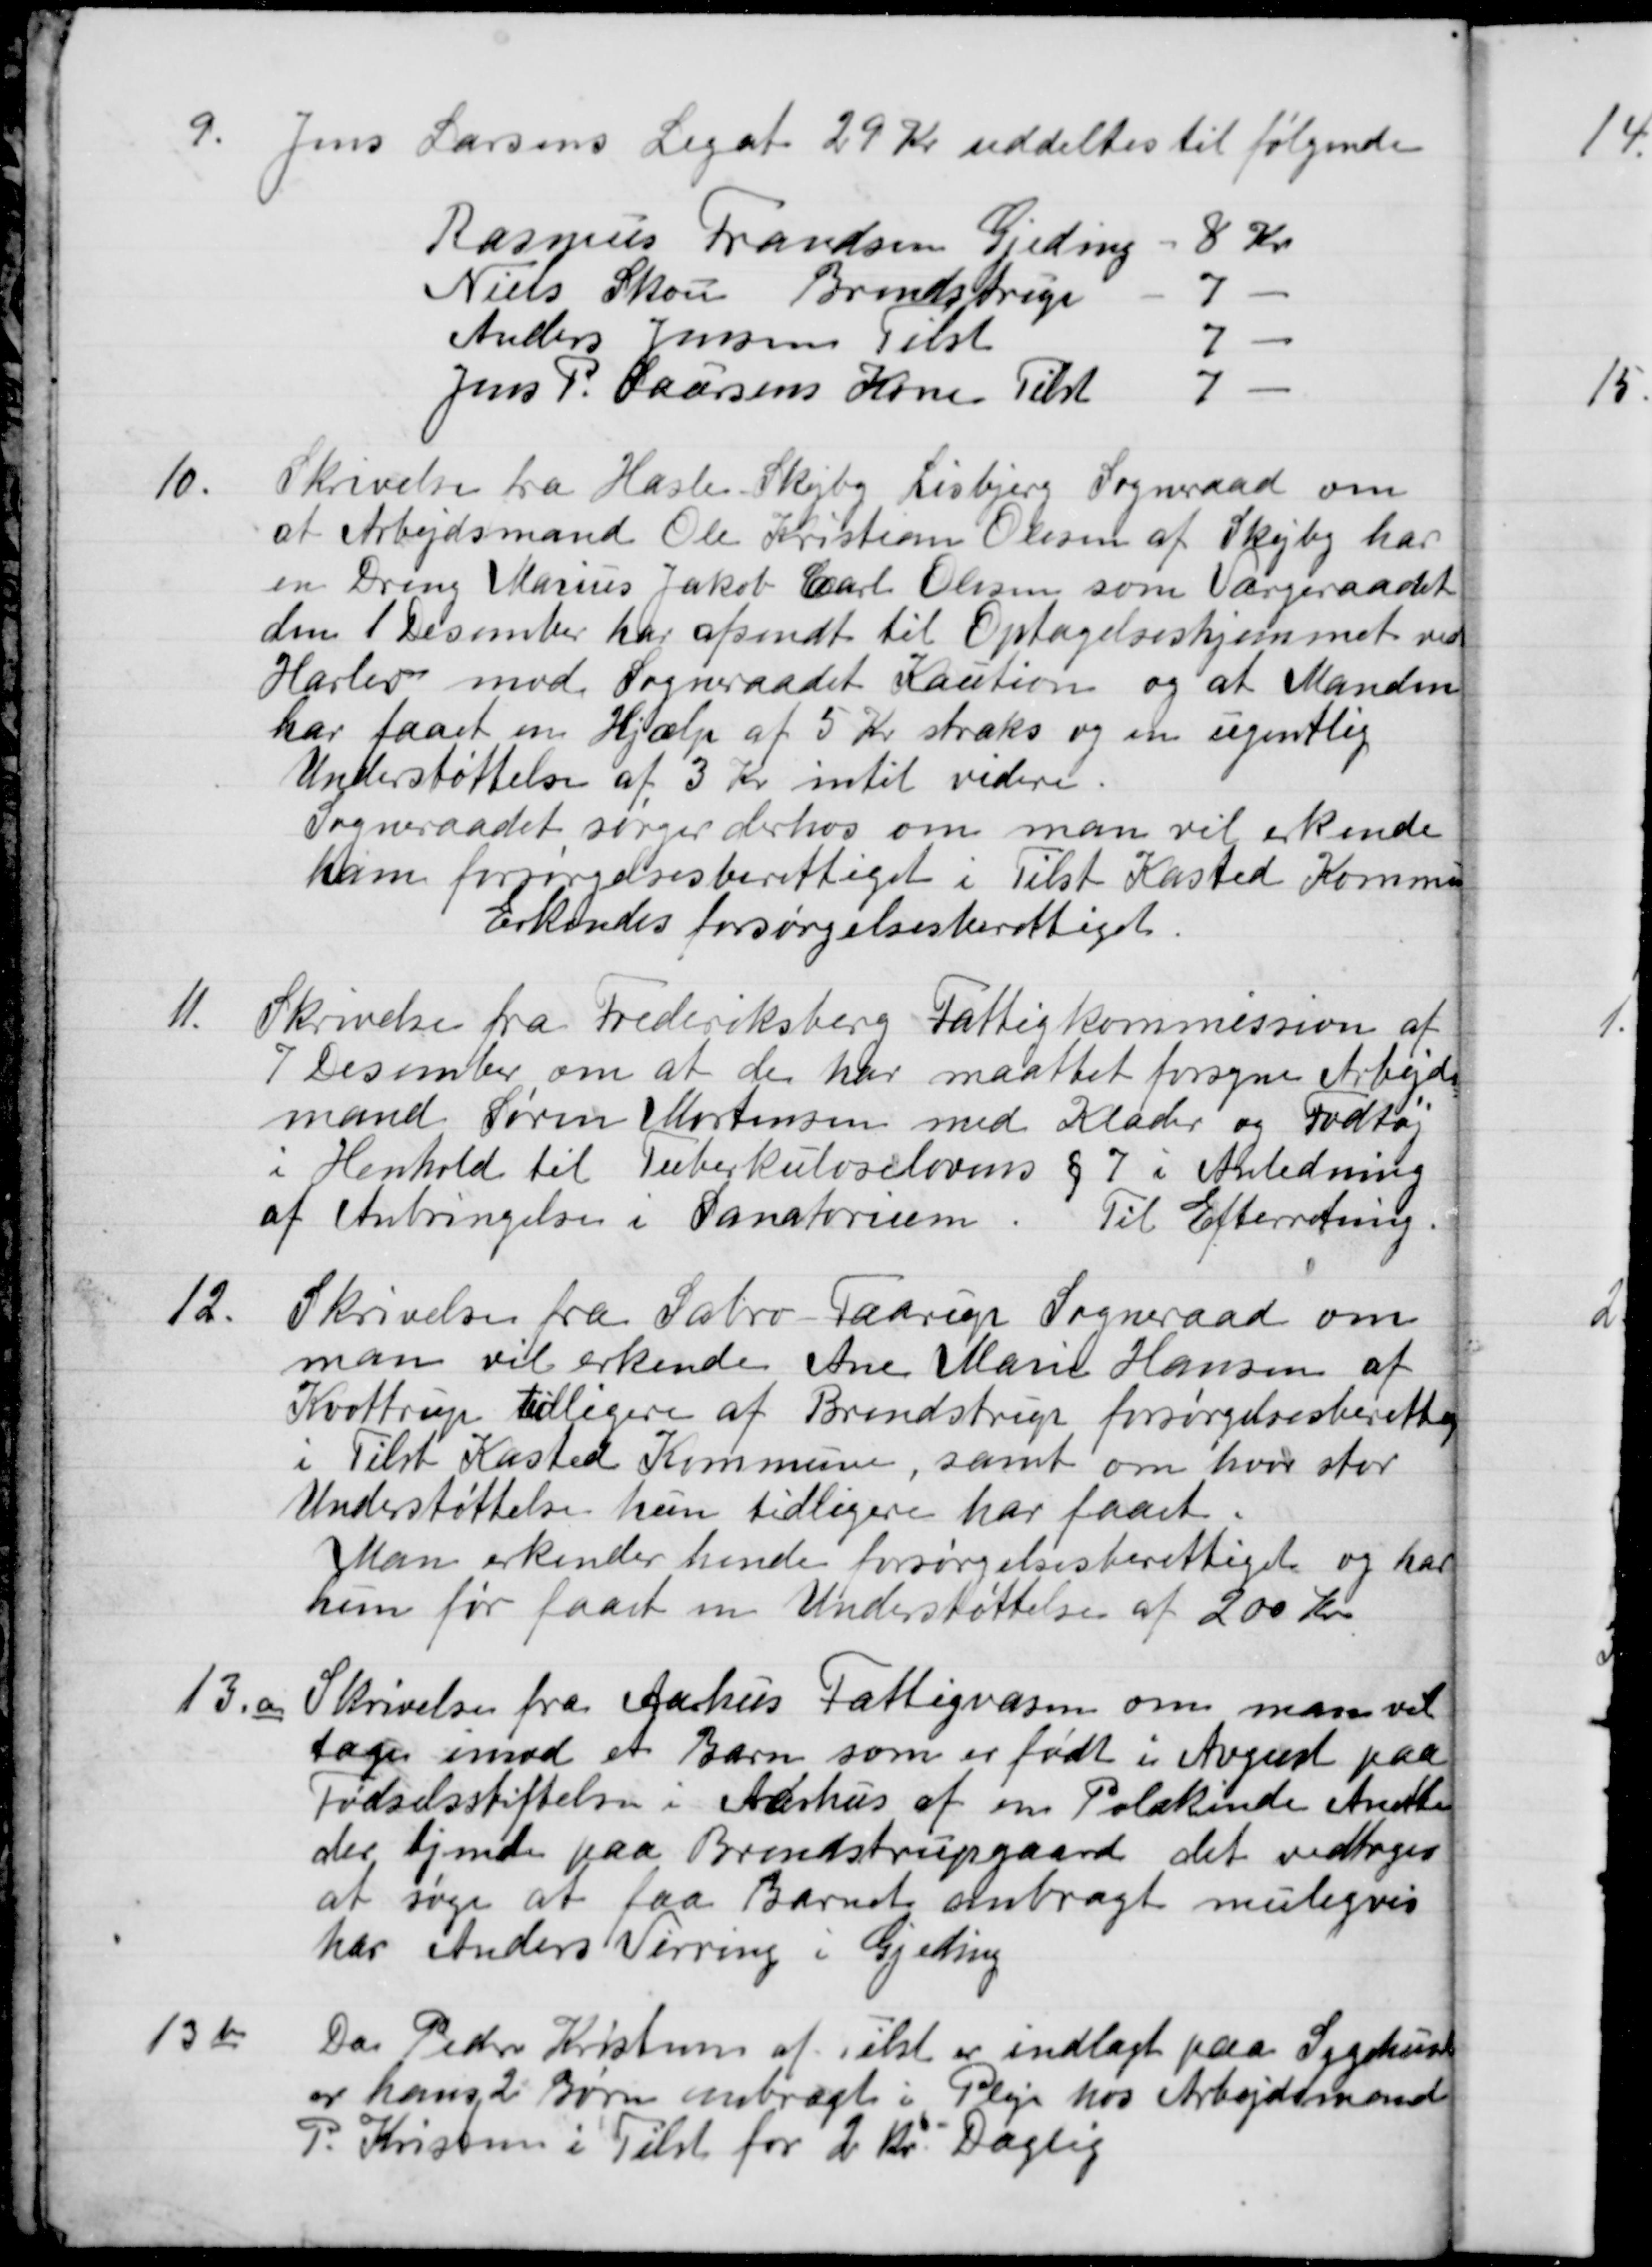
Transskription:
9.
Jens Larsens Legat 29 Kr uddeltes til følgende
Rasmus Frandsen Gjeding
8 kr
Niels Skou, Brendstrup
7
Anders Jensen Tilst
7
Jens P. Larsens Kone Tilst
7
10.
Skrivelse fra Hasle Skejby Lisbjerg Sogneraad om
at Arbejdsmand Ole Kristian Olesen af Skejby har
en Dreng Marius Jakob Carl Olsen som Værgeraadet
den 1 December har afsendt til Optagelseshjemmet ved
Harlev mod Sogneraadet Kaution og at Manden
har faaet en Hjælp af 5 Kr straks og en ugentlig
Understøttelse af 3 Kr. intil videre.
Sogneraadet sørger derhos om man vil erkende
ham forsørgelsesberettiget i Tilst Kasted Kommune
Erkendes forsørgelsesberettiget.
11.
Skrivelse fra Frederiksberg Fattigkommission af
7 Desember om at den har maattet forsyne Arbejds-
mand Søren Mortensen med Klæder og Fodtøj
i Henhold til Tuberkuloselovens § 7 i Anledning
af Anbringelse i Sanatorium. Til Efterretning.
12.
Skrivelse fra Sabro-Faarup Sogneraad om
man vil erkende Ane Marie Hansen af
Kvottrup tilligere af Brendstrup forsørgelsesberettiget
i Tilst Kasted Kommune, samt om hvor stor
Understøttelse han tidligere har faaet.
Man erkender hende forsørgelsesberettiget og har
hun før faaet en Understøttelse af 200 Kr
13.a
Skrivelse fra Aarhus Fattigvæsen om man vil
tages imod et Barn som er født i August paa
Fødselsstiftelsen i Aarhus af om Polakinde Anerta
der tjende paa Brendstrupgaard det vedtoges
at søge at faa Barnet anbragt muligvis
har Anders Virring i Gjeling
13 b
Da Peder Kristensen af Tilst er indlagt paa Sygehuset
er hans 2 Børn anbragt i Pleje hos Arbejdsmand
P. Kristensen i Tilst for 2 Kr. Daglig